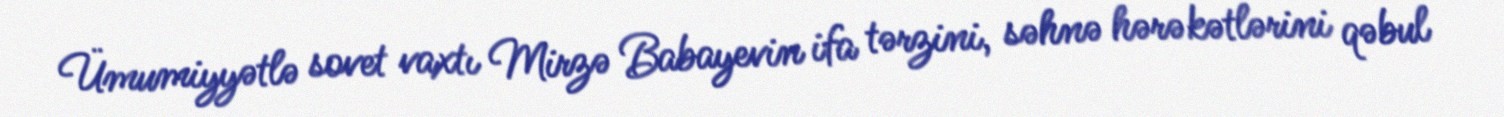
Ümumiyyətlə sovet vaxtı Mirzə Babayevin ifa tərzini, səhnə hərəkətlərini qəbul